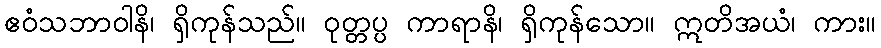
ဧဝံသဘာဝါနိ၊ ရှိကုန်သည်။ ဝုတ္တပ္ပ ကာရာနိ၊ ရှိကုန်သော။ ဣတိအယံ၊ ကား။